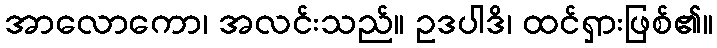
အာလောကော၊ အလင်းသည်။ ဥဒပါဒိ၊ ထင်ရှားဖြစ်၏။